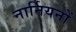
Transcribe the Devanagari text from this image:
नार्नियनों